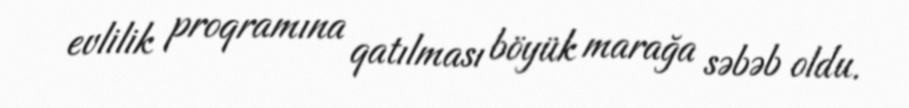
evlilik proqramına qatılması böyük marağa səbəb oldu.